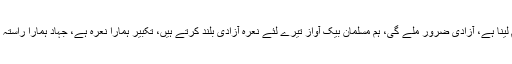
، تمھیں تھوڑا صبر واستقامت سے کام لینا ہے، آزادی ضرور ملے گی، ہم مسلمان بیک آواز تیرے لئے نعرہ آزادی بلند کرتے ہیں، تکبیر ہمارا نعرہ ہے، جہاد ہمارا راستہ ہے، ہم تمھیں آزادی ضرور دلائینگے۔